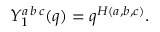
Y _ { 1 } ^ { a \, b \, c } ( q ) = q ^ { H ( a , b , c ) } .